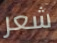
شعر